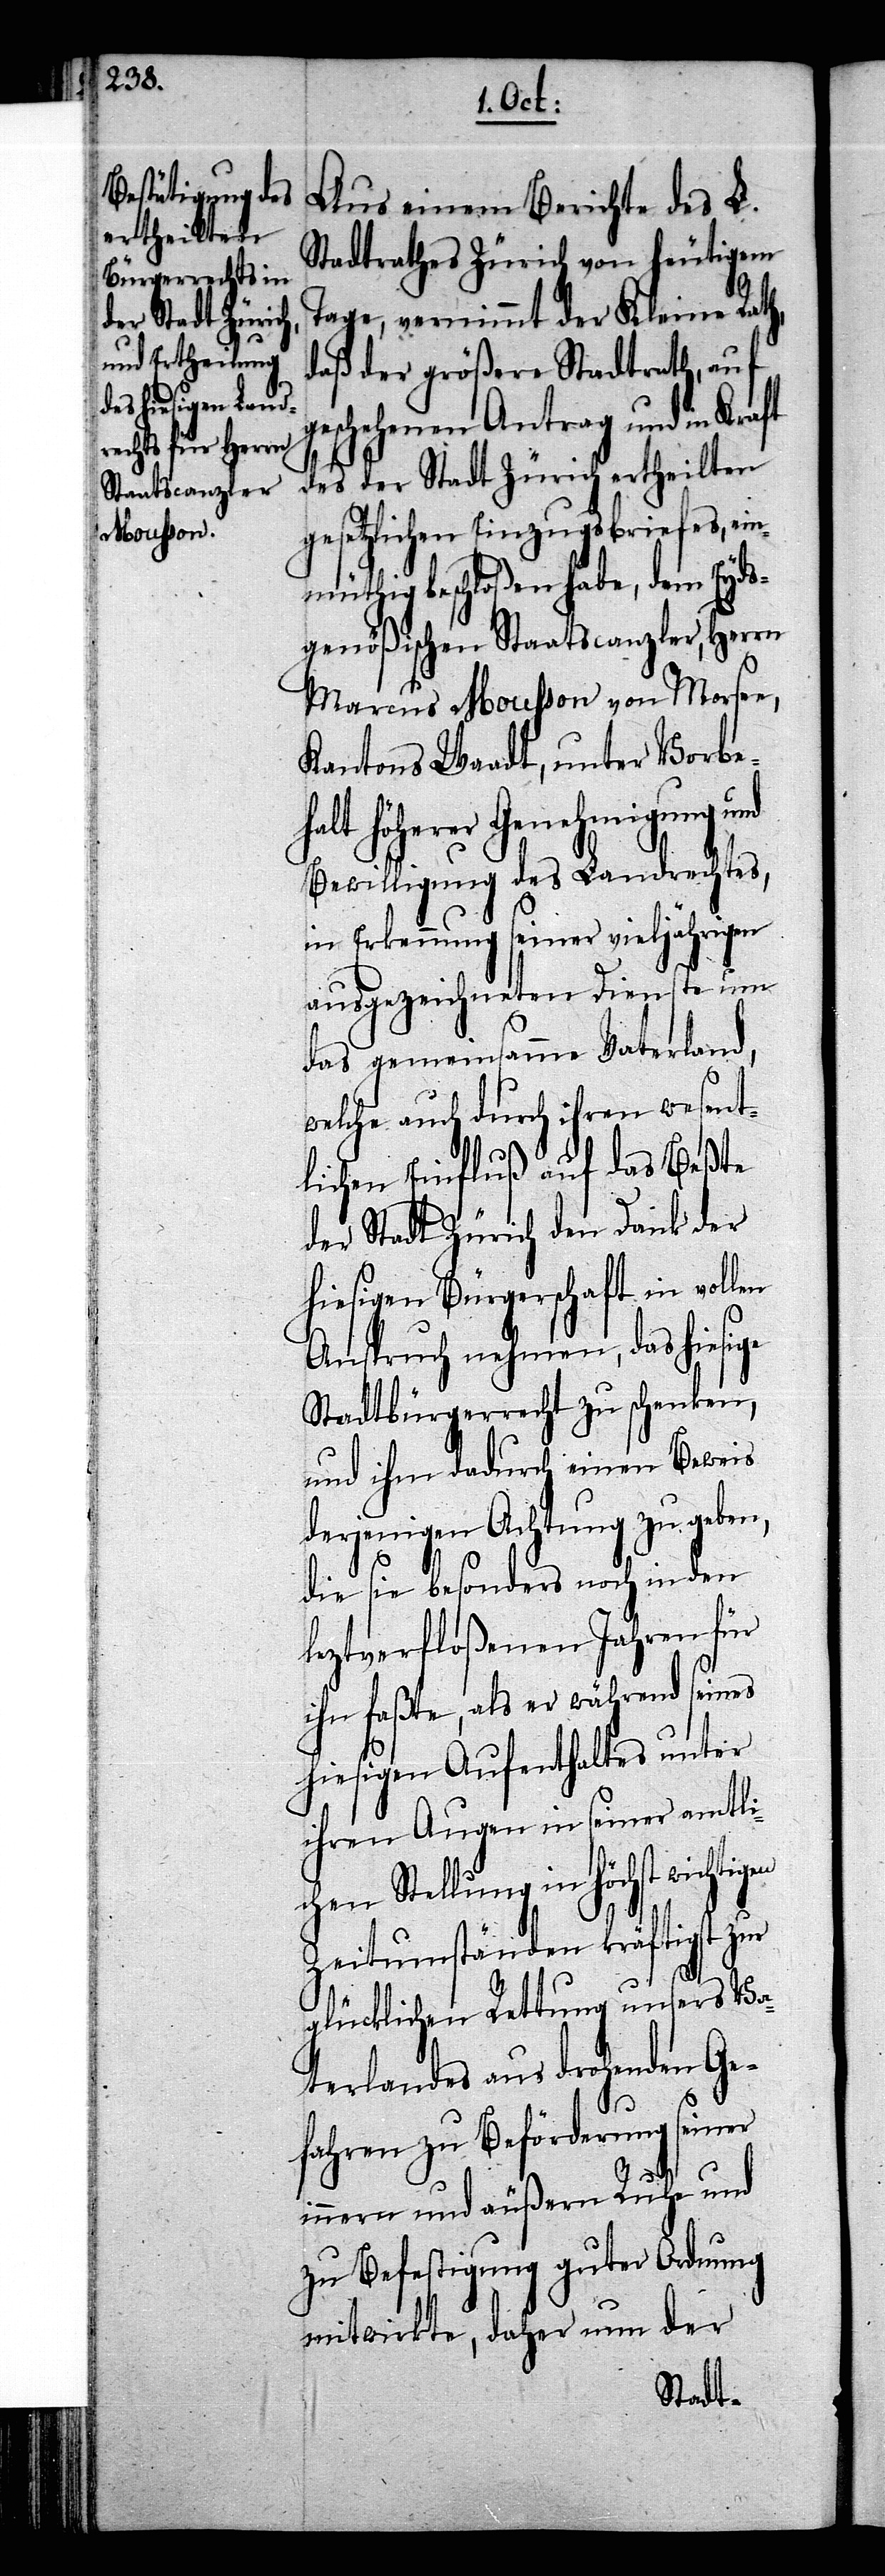
Aus einem Bericht des L.
Stadtrathes Zürich von heutigem
Tage, vernimmt der Kleine Rath,
daß der größere Stadtrath, auf
geschehenen Antrag und in Kraft
des der Stadt Zürich ertheilten
gesetzlichen Einzugsbriefes, ein¬
müthig beschloßen habe, dem Eyds¬
genößischen Staatscanzler, Herrn
Marcus Mousson von Morsee,
Kantons Waadt, unter Vorbe¬
halt höherer Genehmigung und
Bewilligung des Landrechtes,
in Erkennung seiner vieljährigen
ausgezeichneten Dienste um
das gemeinsame Vaterland,
welche auch durch ihren wesent¬
lichen Einfluß auf das Beßte
der Stadt Zürich den Dank der
hiesigen Bürgerschaft in vollen
Anspruch nehmen, das hiesige
Stadtbürgerrecht zu schenken,
und ihm dadurch einen Beweis
derjenigen Achtung zu geben,
die sie besonders noch in den
leztverfloßenen Jahren für
ihn faßte, als er während seines
hiesigen Aufenthaltes unter
ihren Augen in seiner amtli¬
chen Stellung in höchst
Zeitumständen kräftigst zur
glücklichen Rettung unsers Va¬
terlandes aus drohenden Ge¬
fahren zu Beförderung seiner
innern und äußern Ruhe und
zu Befestigung guter Ordnung
mitwirkte, daher nun der